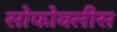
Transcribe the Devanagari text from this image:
सोफोक्लीस